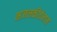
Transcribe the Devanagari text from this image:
भजनकीर्तनास